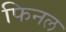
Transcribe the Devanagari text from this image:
फिनल